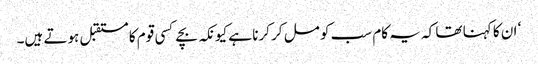
‘ ان کا کہنا تھا کہ یہ کام سب کو مل کر کرنا ہے کیونکہ بچے کسی قوم کا مستقبل ہوتے ہیں۔